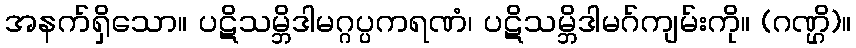
အနက်ရှိသော။ ပဋိသမ္ဘိဒါမဂ္ဂပ္ပကရဏံ၊ ပဋိသမ္ဘိဒါမဂ်ကျမ်းကို။ (ဂဏ္ဌိ)။